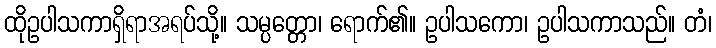
ထိုဥပါသကာရှိရာအရပ်သို့။ သမ္ပတ္တော၊ ရောက်၏။ ဥပါသကော၊ ဥပါသကာသည်။ တံ၊